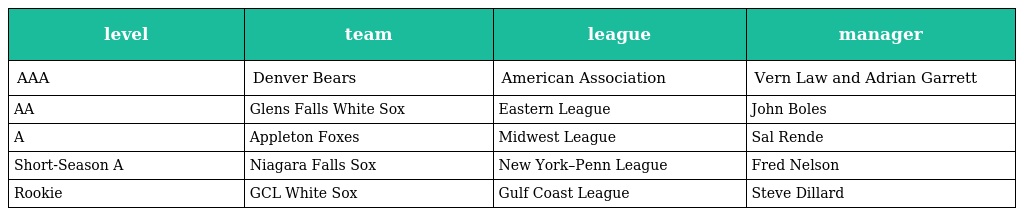
| level | team | league | manager |
 | --- | --- | --- | --- |
 | AAA | Denver Bears | American Association | Vern Law and Adrian Garrett |
 | AA | Glens Falls White Sox | Eastern League | John Boles |
 | A | Appleton Foxes | Midwest League | Sal Rende |
 | Short-Season A | Niagara Falls Sox | New York–Penn League | Fred Nelson |
 | Rookie | GCL White Sox | Gulf Coast League | Steve Dillard |